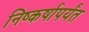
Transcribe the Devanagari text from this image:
निष्कर्षापर्यंत